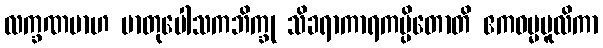
လက္ခဏမာဟ မာတုပေါသကဘိက္ခု သိခရာကာရကပ္ပိတောတိ ဧကဓမ္မမူလိကာ